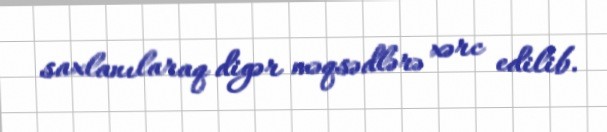
saxlanılaraq digər məqsədlərə xərc edilib.